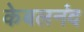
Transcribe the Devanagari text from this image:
केबलनंद